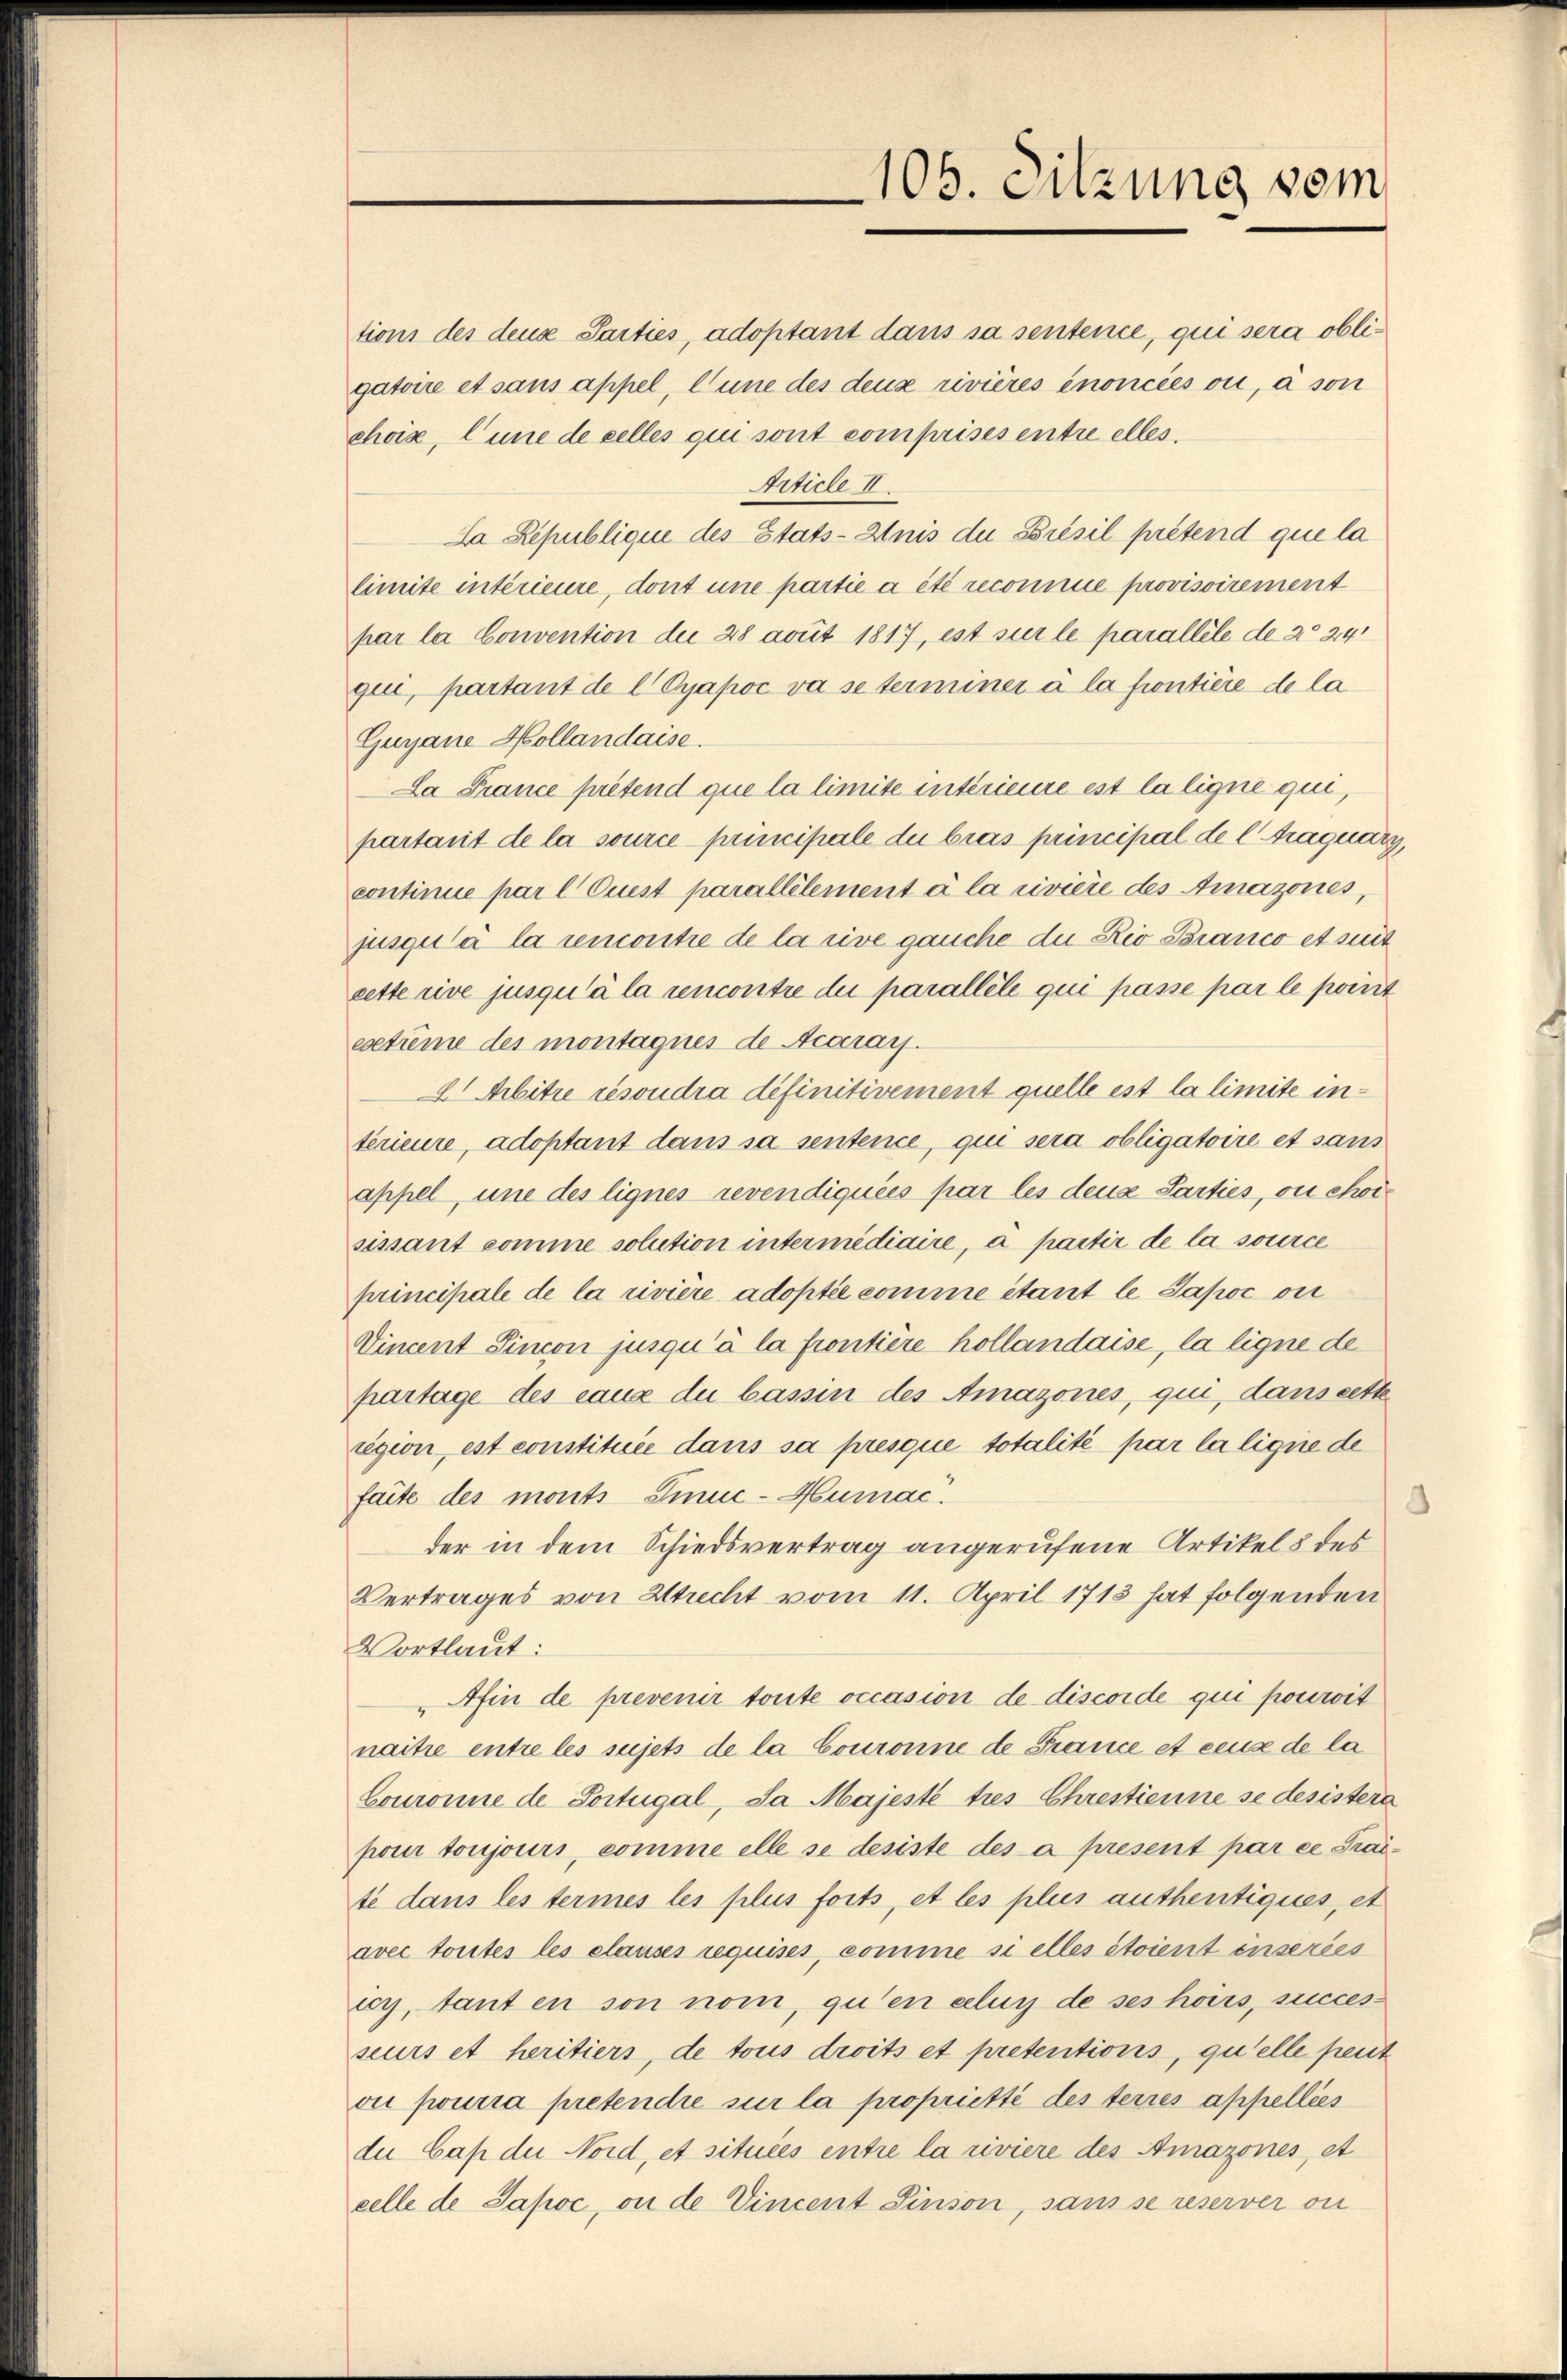
tions des deuse Parties, adoptant dans sa sentence, qui sera obligatoire et sans appel, l’une des deux rivières énoncées ou, à son
chois, Cune de celles qui sont comprises entre elles.
Article II.
Sa Republique des Stats-Anis du Présil prétend que la
limite intérieure, dont une partie a été reconnue provisoirement
par la Convention der 28 avut 1817, est sur le parallele de 20 241
qui, partant de l Cyapoc va se terminer à la fiontière de la
Gugane Hollandaise.
La France prétend que la limite intérieure est la ligne qui,
partant de la source principale du bras principal de l raquarz,
continie par l Quest parallelement à la rivière des Amazones,
jusqu’à la rencontie de la rive gauche die Rio Branco et mit
cette rive jusqu’à la rencontre die parallele qui passe par le point
exetrême des montagnes de Acarais.
2 Mbitre résoudra définitivement quelle ist la limite intérieure, adoptant dans sa sentence, qui sera obligatoire et sans
appel, une des lignes revendiquées par les dene Parties, ou choisissant comme solution intermédiaire, a partir de la source
principale de la rivière adoptée comme étant le Japoc ou
Vincent Simon jusqu’à la frontière hollandaise, la ligne de
partage des eaux du bassin des Amazones, qui, dans cette
egion, est constituée dans sa presque totalité par la ligne de
faite des monts Sinne-Humac
der in dem Schiedsvertrag angerufene Artikel 8 des
Vertrages von Strecht vom 11. April 1713 hat folgenden
Vortlaut:
"Afin de prevenir toute occasion de discorde qui pourit
naitre entre les sujets de la Couronne de France et ceux de la
Couronne de Sortugal, da Majeste tres Chrestienne se desistera
pour toujours, comme elle se desiste des a present par ce Traite dans les termes les plus forts, et les plus authentiques, et
avec toutes les clauses requises, comme si elles étoient enseries
cy, tant en son nom, qu’en celuy de ses hoirs, succes-
seurs et heritiers, de tous droits et pretentions, qu’elle peut
ou pourra pretendre sur la propriette des terres appellies
du Cap der Nord, et situées entre la rivière des Amazones, et
celle de Japoc, on de Vincent Sinson, sans se reserver ou

105. Sitzung vom